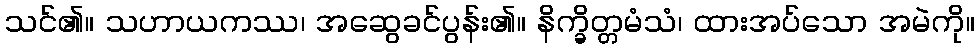
သင်၏။ သဟာယကဿ၊ အဆွေခင်ပွန်း၏။ နိက္ခိတ္တမံသံ၊ ထားအပ်သော အမဲကို။